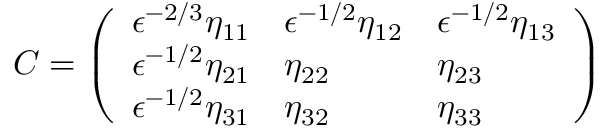
C = \left( \begin{array} { l l l } { \epsilon ^ { - 2 / 3 } \eta _ { 1 1 } } & { \epsilon ^ { - 1 / 2 } \eta _ { 1 2 } } & { \epsilon ^ { - 1 / 2 } \eta _ { 1 3 } } \\ { \epsilon ^ { - 1 / 2 } \eta _ { 2 1 } } & { \eta _ { 2 2 } } & { \eta _ { 2 3 } } \\ { \epsilon ^ { - 1 / 2 } \eta _ { 3 1 } } & { \eta _ { 3 2 } } & { \eta _ { 3 3 } } \end{array} \right)